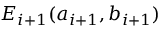
E _ { i + 1 } ( a _ { i + 1 } , b _ { i + 1 } )